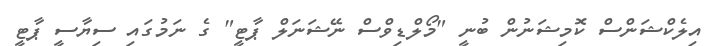
އިލެކްޝަންސް ކޮމިޝަނުން ބުނީ "މޯލްޑިވްސް ނޭޝަނަލް ޕާޓީ" ގެ ނަމުގައި ސިޔާސީ ޕާޓީ